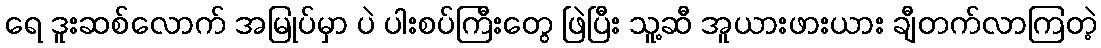
ရေ ဒူးဆစ်လောက် အမြုပ်မှာ ပဲ ပါးစပ်ကြီးတွေ ဖြဲပြီး သူ့ဆီ အူယားဖားယား ချီတက်လာကြတဲ့